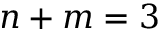
n + m = 3